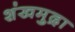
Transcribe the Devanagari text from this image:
शंखमुद्रा